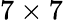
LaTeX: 7\times 7